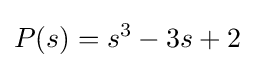
P(s)=s^{3}-3s+2